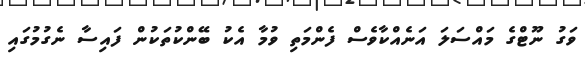
ވަގު ނޫޓްގެ މައްސަލަ އަނެއްކާވެސް ފެންމަތި ވުމާ އެކު ބޭންކުތަކުން ފައިސާ ނެގުމުގައި